65_HS1-834228961_62-HQ-83894_Section_2
Agency: FBI
Page 81
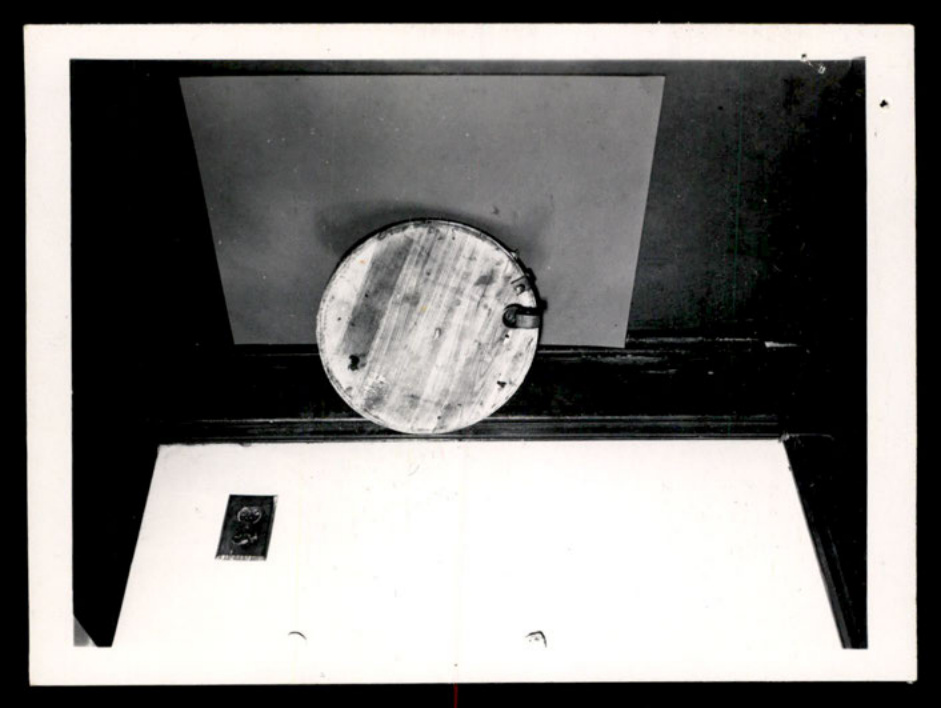